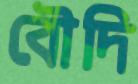
বৌদি